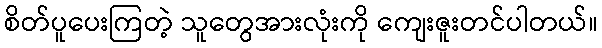
စိတ်ပူပေးကြတဲ့ သူတွေအားလုံးကို ကျေးဇူးတင်ပါတယ်။